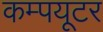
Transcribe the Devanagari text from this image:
कम्पयूटर